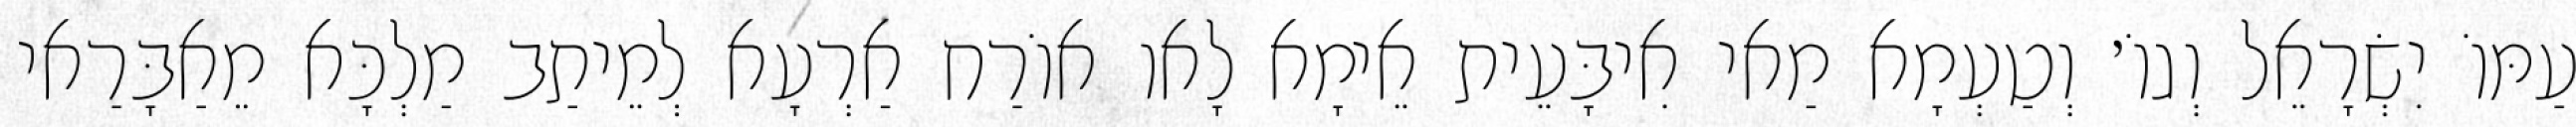
עַמּוֹ יִשְׂרָאֵל וְגוֹ׳ וְטַעְמָא מַאי אִיבָּעֵית אֵימָא לָאו אוֹרַח אַרְעָא לְמֵיתַב מַלְכָּא מֵאַבָּרַאי